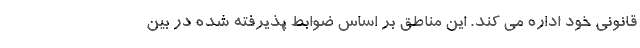
قانونی خود اداره می کند. این مناطق بر اساس ضوابط پذیرفته شده در بین